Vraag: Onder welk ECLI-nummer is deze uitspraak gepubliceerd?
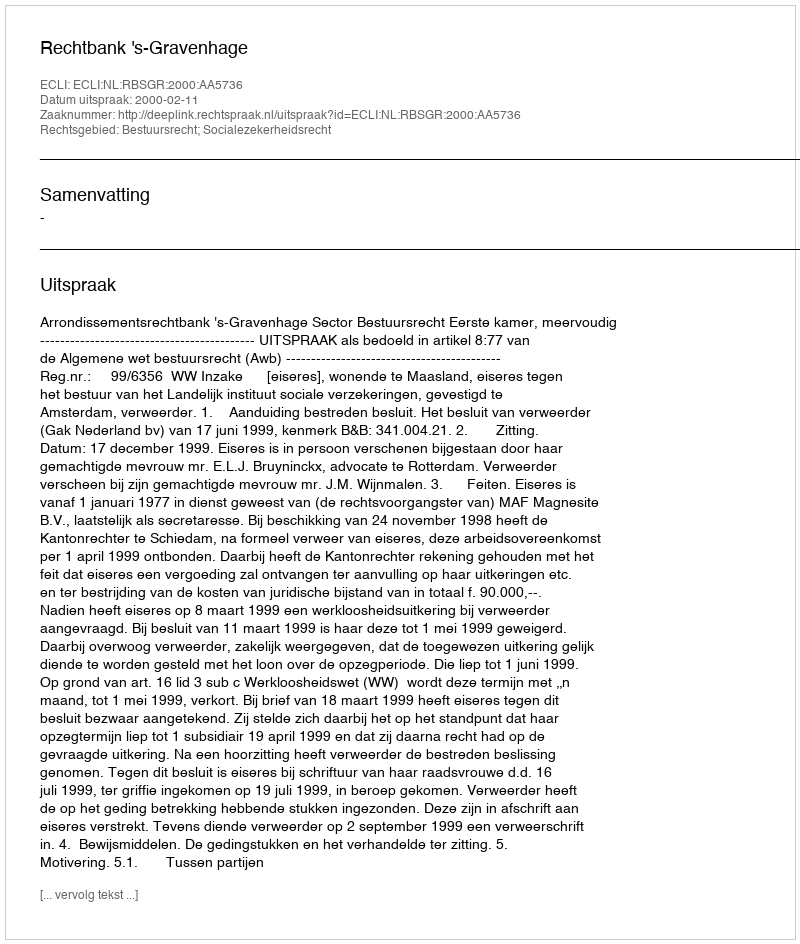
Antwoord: ECLI:NL:RBSGR:2000:AA5736